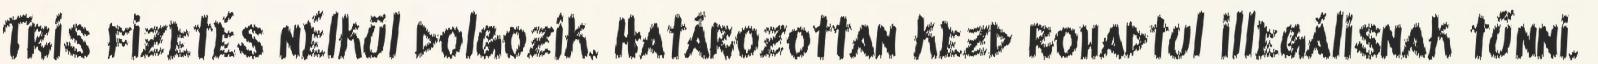
Tris fizetés nélkül dolgozik. Határozottan kezd rohadtul illegálisnak tűnni.